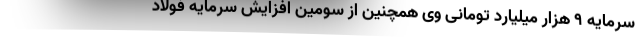
سرمایه ۹ هزار میلیارد تومانی وی همچنین از سومین افزایش سرمایه فولاد